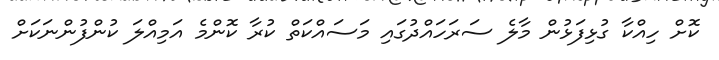
ކޮށް ހިއްކާ ގުޅިފަޅުން މާލެ ސަރަހައްދުގައި މަސައްކަތް ކުރާ ކޮންމެ އަމިއްލަ ކުންފުންނަކަށް